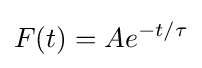
F(t)=Ae^{-t/\tau }